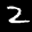
Label: 2